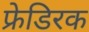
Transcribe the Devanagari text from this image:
फ्रेडिरक